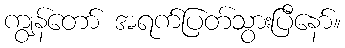
ကျွန်တော် အရက်ပြတ်သွားပြီနော်။